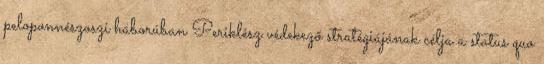
peloponnészoszi háborúban Periklész védekező stratégiájának célja a status quo